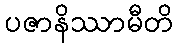
ပဇာနိဿာမီတိ